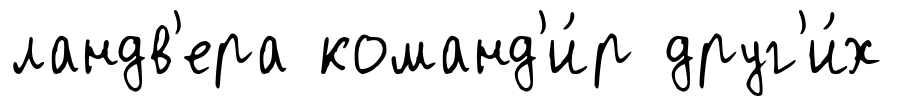
ландв'ера команд'и́р друг'и́х